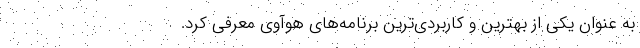
به عنوان یکی از بهترین و کاربردی‌ترین برنامه‌های هوآوی معرفی کرد.